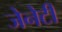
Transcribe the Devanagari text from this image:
जेनेटी